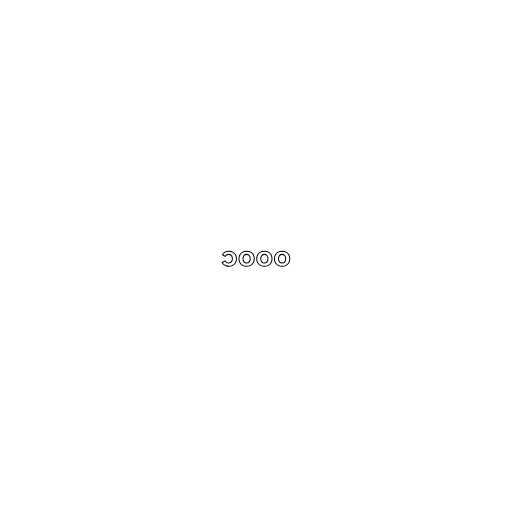
၁၀၀၀